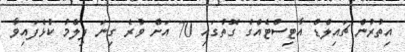
އިތުރުން ޗައިލްޑް އާޓިސްޓެއްގެ ގޮތުގައި 70 އަށް ވުރެ ގިނަ ފިލްމު ކުޅެފައިވާ